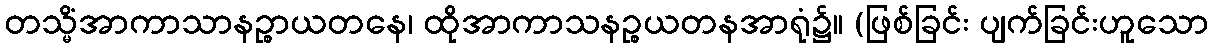
တသ္မိံအာကာသာနဉ္စာယတနေ၊ ထိုအာကာသနဉ္စယတနအာရုံ၌။ (ဖြစ်ခြင်း ပျက်ခြင်းဟူသော